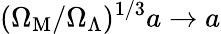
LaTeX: (\Omega_{\mathrm{M}}/\Omega_{\Lambda})^{1/3}a\rightarrow a